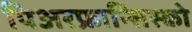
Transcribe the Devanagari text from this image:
पिअरफ्रान्सिस्को